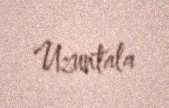
Uzuntala